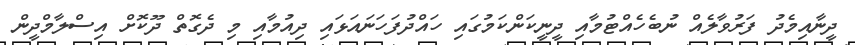
ދީނާއިމެދު ފަރުވާލެއް ނުބެހެއްޓުމާއި ދީނީކަންކަމުގައި ހައްދުފަހަނައަޅައި ދިއުމާއި މި ދެގޮތް ދޫކޮށް އިސްލާމްދީން